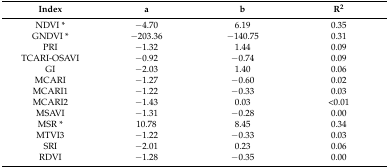
<table><thead><tr><td><b>Index</b></td><td><b>a</b></td><td><b>b</b></td><td><b>R<sup>2</sup></b></td></tr></thead><tbody><tr><td>NDVI *</td><td>−4.70</td><td>6.19</td><td>0.35</td></tr><tr><td>GNDVI *</td><td>−203.36</td><td>−140.75</td><td>0.31</td></tr><tr><td>PRI</td><td>−1.32</td><td>1.44</td><td>0.09</td></tr><tr><td>TCARI-OSAVI</td><td>−0.92</td><td>−0.74</td><td>0.09</td></tr><tr><td>GI</td><td>−2.03</td><td>1.40</td><td>0.06</td></tr><tr><td>MCARI</td><td>−1.27</td><td>−0.60</td><td>0.02</td></tr><tr><td>MCARI1</td><td>−1.22</td><td>−0.33</td><td>0.03</td></tr><tr><td>MCARI2</td><td>−1.43</td><td>0.03</td><td>&lt;0.01</td></tr><tr><td>MSAVI</td><td>−1.31</td><td>−0.28</td><td>0.00</td></tr><tr><td>MSR *</td><td>10.78</td><td>8.45</td><td>0.34</td></tr><tr><td>MTVI3</td><td>−1.22</td><td>−0.33</td><td>0.03</td></tr><tr><td>SRI</td><td>−2.01</td><td>0.23</td><td>0.06</td></tr><tr><td>RDVI</td><td>−1.28</td><td>−0.35</td><td>0.00</td></tr></tbody></table>